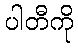
ပါတီကို